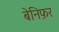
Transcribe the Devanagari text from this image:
बेनिफ़र